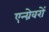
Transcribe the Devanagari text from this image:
एन्ग्रेवरों